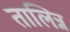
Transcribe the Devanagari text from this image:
तालिन्न